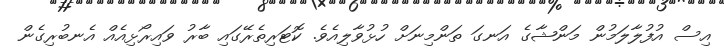
އިސް އުފުލާލަމުން މަންޝާގެ އަނގަ ތަންމިނަށް ހުޅުވާލިއެވެ. ކޮޓަރިތެރޭގައި ބާރު ވައިރޯޅިއެއް އެނބުރިގެން